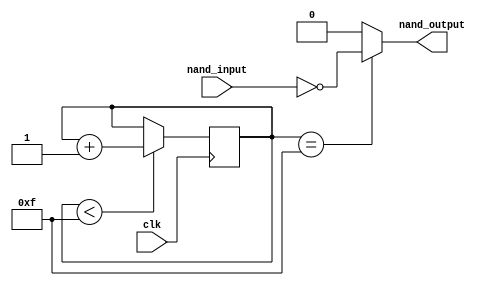
module timing_control_and_sync (
    input wire clk,
    input wire nand_input,
    output reg nand_output
);

reg [3:0] delay_counter;

always @(posedge clk) begin
    if (delay_counter < 4'b1111) begin
        delay_counter <= delay_counter + 1;
    end
end

always @(*) begin
    if (delay_counter == 4'b1111) begin
        nand_output = ~nand_input;
    end else begin
        nand_output = 1'b0;
    end
end

endmodule